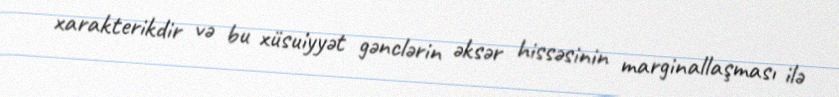
xarakterikdir və bu xüsuiyyət gənclərin əksər hissəsinin marginallaşması ilə